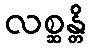
လစ္ဆန္တိ